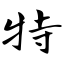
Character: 特